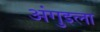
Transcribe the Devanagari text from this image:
अंगुइला